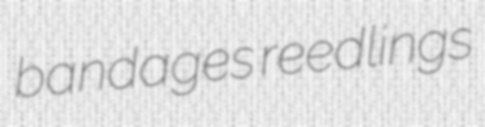
bandages reedlings